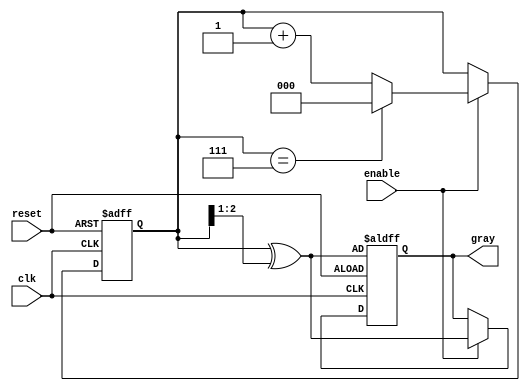
module gray_code_counter (
    input wire clk,         // Clock input
    input wire reset,       // Asynchronous reset input
    input wire enable,      // Enable signal for counting
    output reg [2:0] gray   // 3-bit Gray Code output
);

    reg [2:0] binary_count; // 3-bit binary counter

    // Function to convert binary to Gray Code
    function [2:0] binary_to_gray;
        input [2:0] b;
        begin
            binary_to_gray = b ^ (b >> 1);
        end
    endfunction

    // Asynchronous reset and counting operation
    always @(posedge clk or posedge reset) begin
        if (reset) begin
            binary_count <= 3'b000; // Initialize to 0 in binary
            gray <= binary_to_gray(binary_count); // Convert to Gray Code
        end else if (enable) begin
            // Increment binary counter
            binary_count <= binary_count + 1;
            // Handle overflow for 3-bit counter
            if (binary_count == 3'b111) begin
                binary_count <= 3'b000; // Wrap around on overflow
            end
            // Update Gray Code output
            gray <= binary_to_gray(binary_count);
        end
    end

endmodule